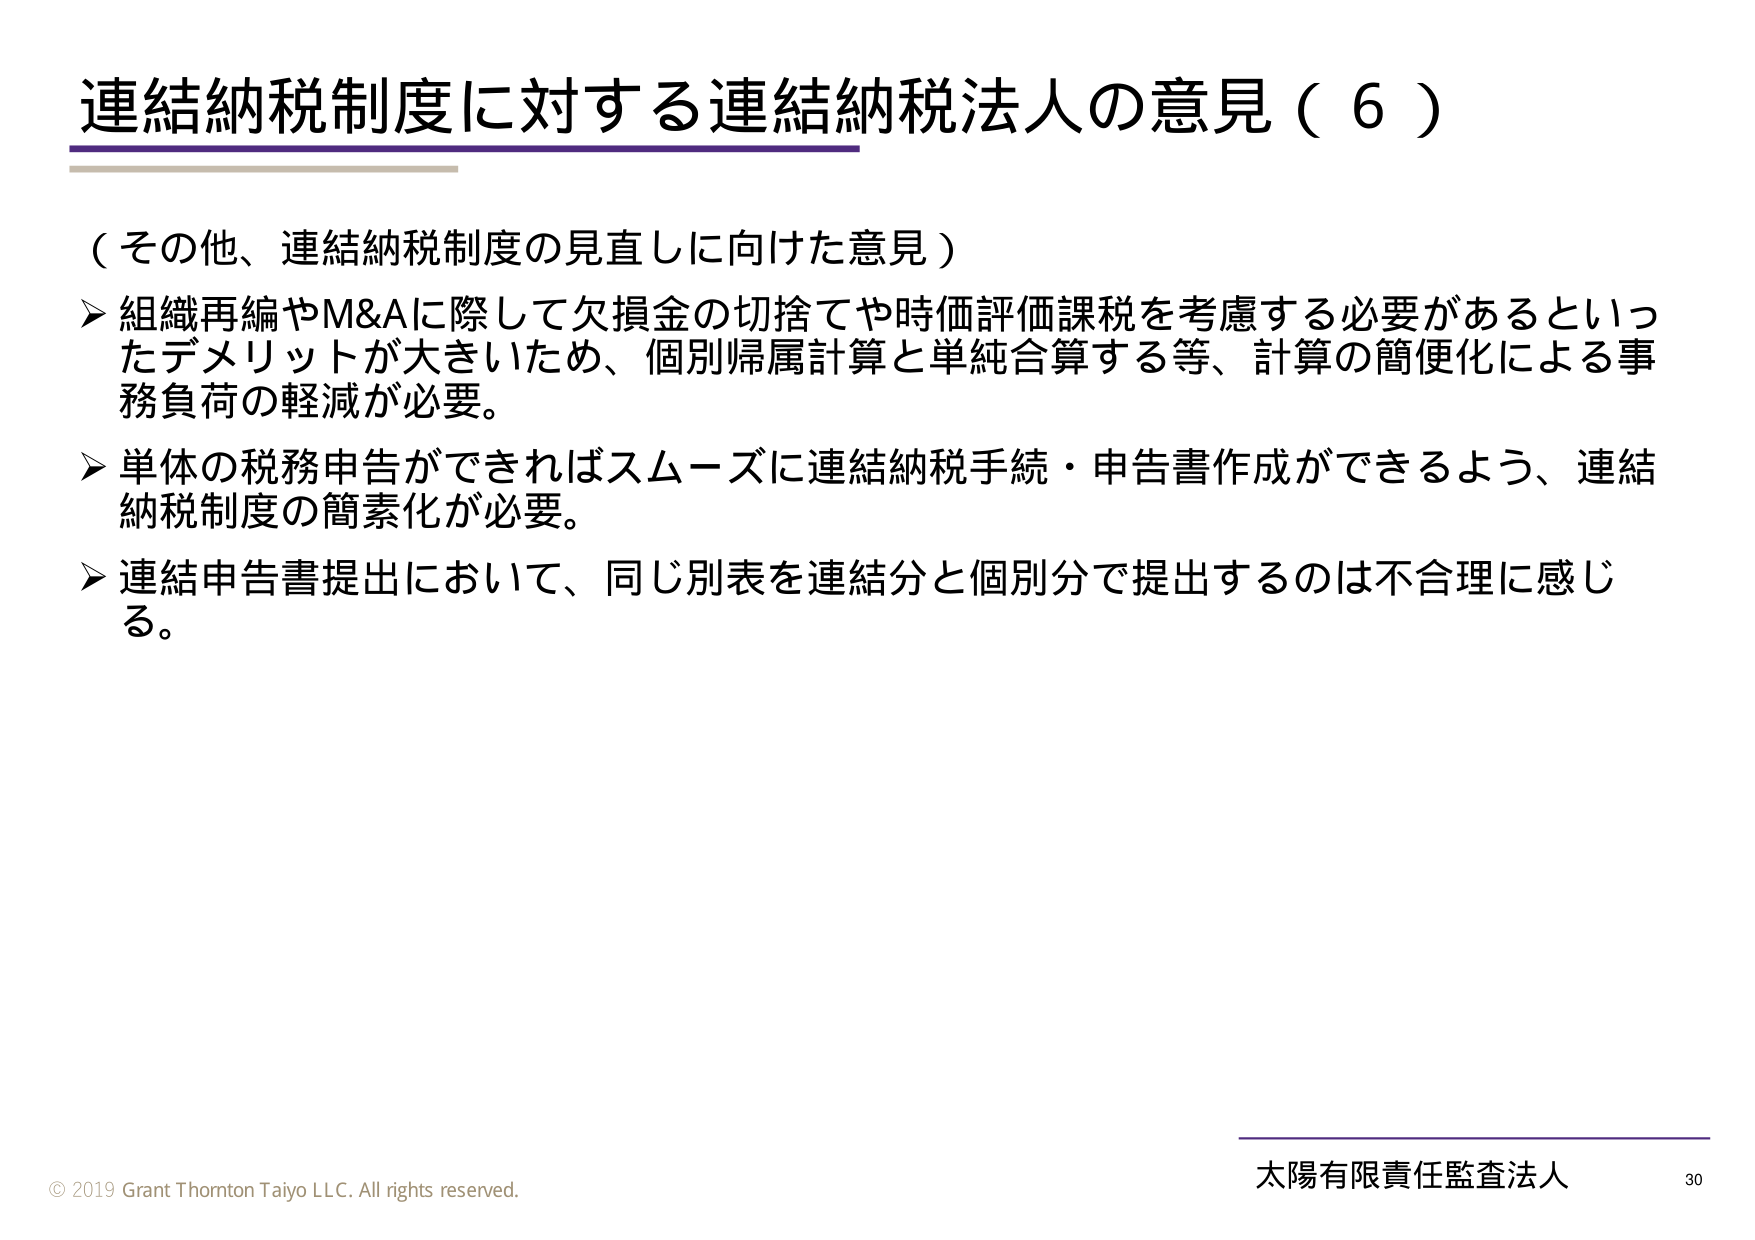
連結納税制度に対する連結納税法人の意見（６）

（その他、連結納税制度の見直しに向けた意見）

▶ 組織再編やM&Aに際して欠損金の切捨てや時価評価課税を考慮する必要があるといったデメリットが大きいため、個別帰属計算と単純合算する等、計算の簡便化による事務負荷の軽減が必要。

▶ 単体の税務申告ができればスムーズに連結納税手続・申告書作成ができるよう、連結納税制度の簡素化が必要。

▶ 連結申告書提出において、同じ別表を連結分と個別分で提出するのは不合理に感じる。

© 2019 Grant Thornton Taiyo LLC. All rights reserved.

太陽有限責任監査法人 30